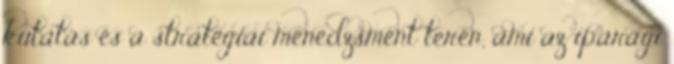
kutatás és a stratégiai menedzsment terén, ami az iparági